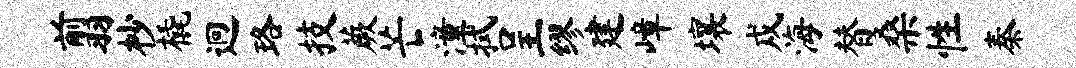
翦杪橇迥珞技蕨芒潼拭呈缪建嶂壤戍海替桑性秦